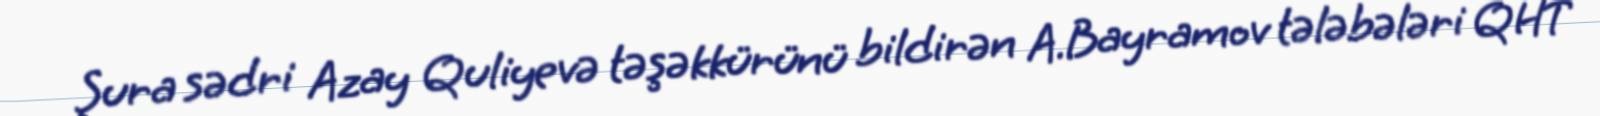
Şura sədri Azay Quliyevə təşəkkürünü bildirən A.Bayramov tələbələri QHT